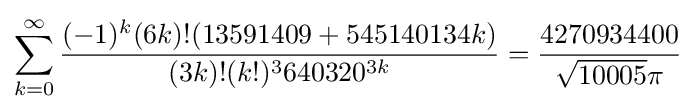
\sum _{k=0}^{\infty }{\frac {(-1)^{k}(6k)!(13591409+545140134k)}{(3k)!(k!)^{3}640320^{3k}}}={\frac {4270934400}{{\sqrt {10005}}\pi }}